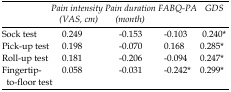
<table><thead><tr><td></td><td><b><i>Pain intensity</i><i>(VAS, cm)</i></b></td><td><b><i>Pain duration (month)</i></b></td><td><b><i>FABQ-PA</i></b></td><td><b><i>GDS</i></b></td></tr></thead><tbody><tr><td>Sock test</td><td>0.249</td><td>-0.153</td><td>-0.103</td><td>0.240*</td></tr><tr><td>Pick-up test</td><td>0.198</td><td>-0.070</td><td>0.168</td><td>0.285*</td></tr><tr><td>Roll-up test</td><td>0.181</td><td>-0.206</td><td>-0.094</td><td>0.247*</td></tr><tr><td>Fingertip-to-floor test</td><td>0.058</td><td>-0.031</td><td>-0.242*</td><td>0.299*</td></tr></tbody></table>